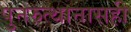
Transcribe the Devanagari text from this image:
पुनरुत्थानासही